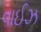
વાઈઝ